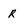
Character: R